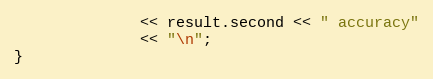
Language: C++
              << result.second << " accuracy"
              << "\n";
}